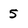
Character: 5